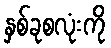
နှစ်ခုစလုံးကို